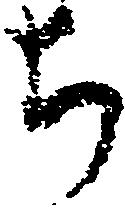
ち